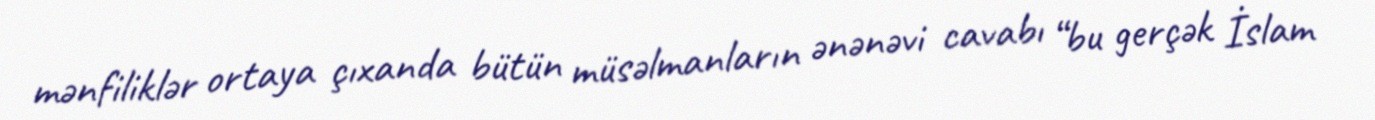
mənfiliklər ortaya çıxanda bütün müsəlmanların ənənəvi cavabı “bu gerçək İslam